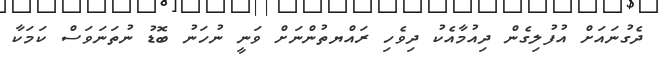
ދެގުނައަށް އުފުލިގެން ދިއުމާއެކު ދިވެހި ރައްޔތުންނަށް ވަނީ ނުހަނު ބޮޑު ނުތަނަވަސް ކަމަކާ